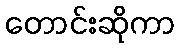
တောင်းဆိုကာ